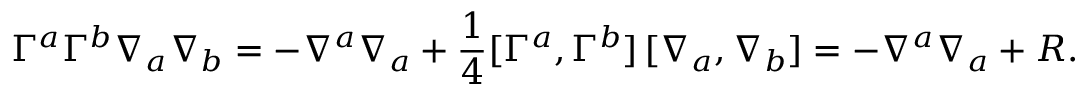
\Gamma ^ { a } \Gamma ^ { b } \nabla _ { a } \nabla _ { b } = - \nabla ^ { a } \nabla _ { a } + \frac { 1 } { 4 } [ \Gamma ^ { a } , \Gamma ^ { b } ] \, [ \nabla _ { a } , \nabla _ { b } ] = - \nabla ^ { a } \nabla _ { a } + { \cal R } .